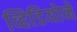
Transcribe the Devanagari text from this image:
व्हिडियोने